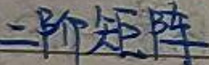
二阶矩阵